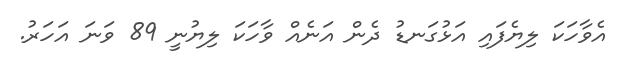
އެވާހަކަ ލިޔެފައި އަޅުގަނޑު ދެން އަނެއް ވާހަކަ ލިޔުނީ 89 ވަނަ އަހަރު.